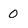
Character: 0